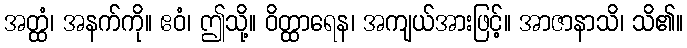
အတ္ထံ၊ အနက်ကို။ ဧဝံ၊ ဤသို့။ ဝိတ္ထာရေန၊ အကျယ်အားဖြင့်။ အာဇာနာသိ၊ သိ၏။